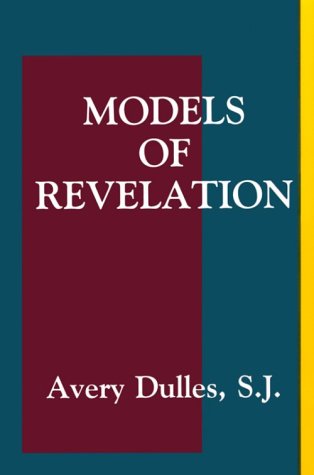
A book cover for Models of Revelation; Avery Dulles; Christian Books & Bibles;